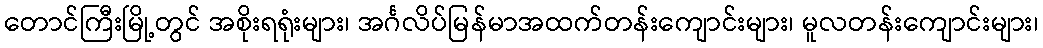
တောင်ကြီးမြို့တွင် အစိုးရရုံးများ၊ အင်္ဂလိပ်မြန်မာအထက်တန်းကျောင်းများ၊ မူလတန်းကျောင်းများ၊